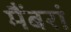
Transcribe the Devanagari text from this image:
मैंबरां